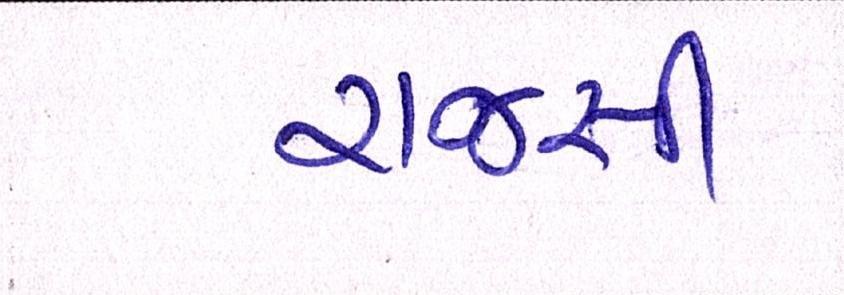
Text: રાજસી